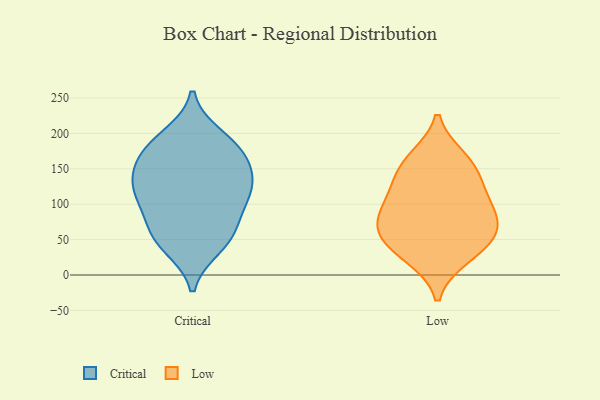
{"axis": {"x": "Website Visitors", "y": "Value"}, "legend": ["Critical", "Low"], "data": [{"x": "", "y": 65, "type": "Critical"}, {"x": "", "y": 196, "type": "Critical"}, {"x": "", "y": 169, "type": "Critical"}, {"x": "", "y": 60, "type": "Critical"}, {"x": "", "y": 125, "type": "Critical"}, {"x": "", "y": 124, "type": "Critical"}, {"x": "", "y": 177, "type": "Critical"}, {"x": "", "y": 145, "type": "Critical"}, {"x": "", "y": 151, "type": "Critical"}, {"x": "", "y": 47, "type": "Critical"}, {"x": "", "y": 117, "type": "Critical"}, {"x": "", "y": 40, "type": "Critical"}, {"x": "", "y": 185, "type": "Critical"}, {"x": "", "y": 107, "type": "Critical"}, {"x": "", "y": 94, "type": "Critical"}, {"x": "", "y": 159, "type": "Low"}, {"x": "", "y": 118, "type": "Low"}, {"x": "", "y": 165, "type": "Low"}, {"x": "", "y": 32, "type": "Low"}, {"x": "", "y": 55, "type": "Low"}, {"x": "", "y": 108, "type": "Low"}, {"x": "", "y": 65, "type": "Low"}, {"x": "", "y": 141, "type": "Low"}, {"x": "", "y": 82, "type": "Low"}, {"x": "", "y": 25, "type": "Low"}, {"x": "", "y": 59, "type": "Low"}, {"x": "", "y": 88, "type": "Low"}]}